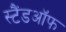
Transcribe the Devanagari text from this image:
स्टैंडऑफ